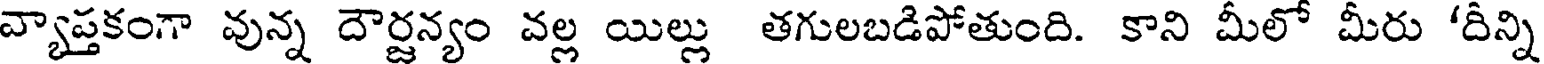
వ్యాప్తకంగా వున్న దౌర్జన్యం వల్ల యిల్లు తగులబడిపోతుంది. కాని మీలో మీరు 'దీన్ని